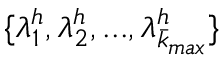
\{ \lambda _ { 1 } ^ { h } , \lambda _ { 2 } ^ { h } , . . . , \lambda _ { \bar { k } _ { m a x } } ^ { h } \}